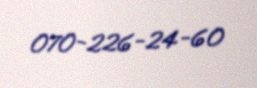
070-226-24-60